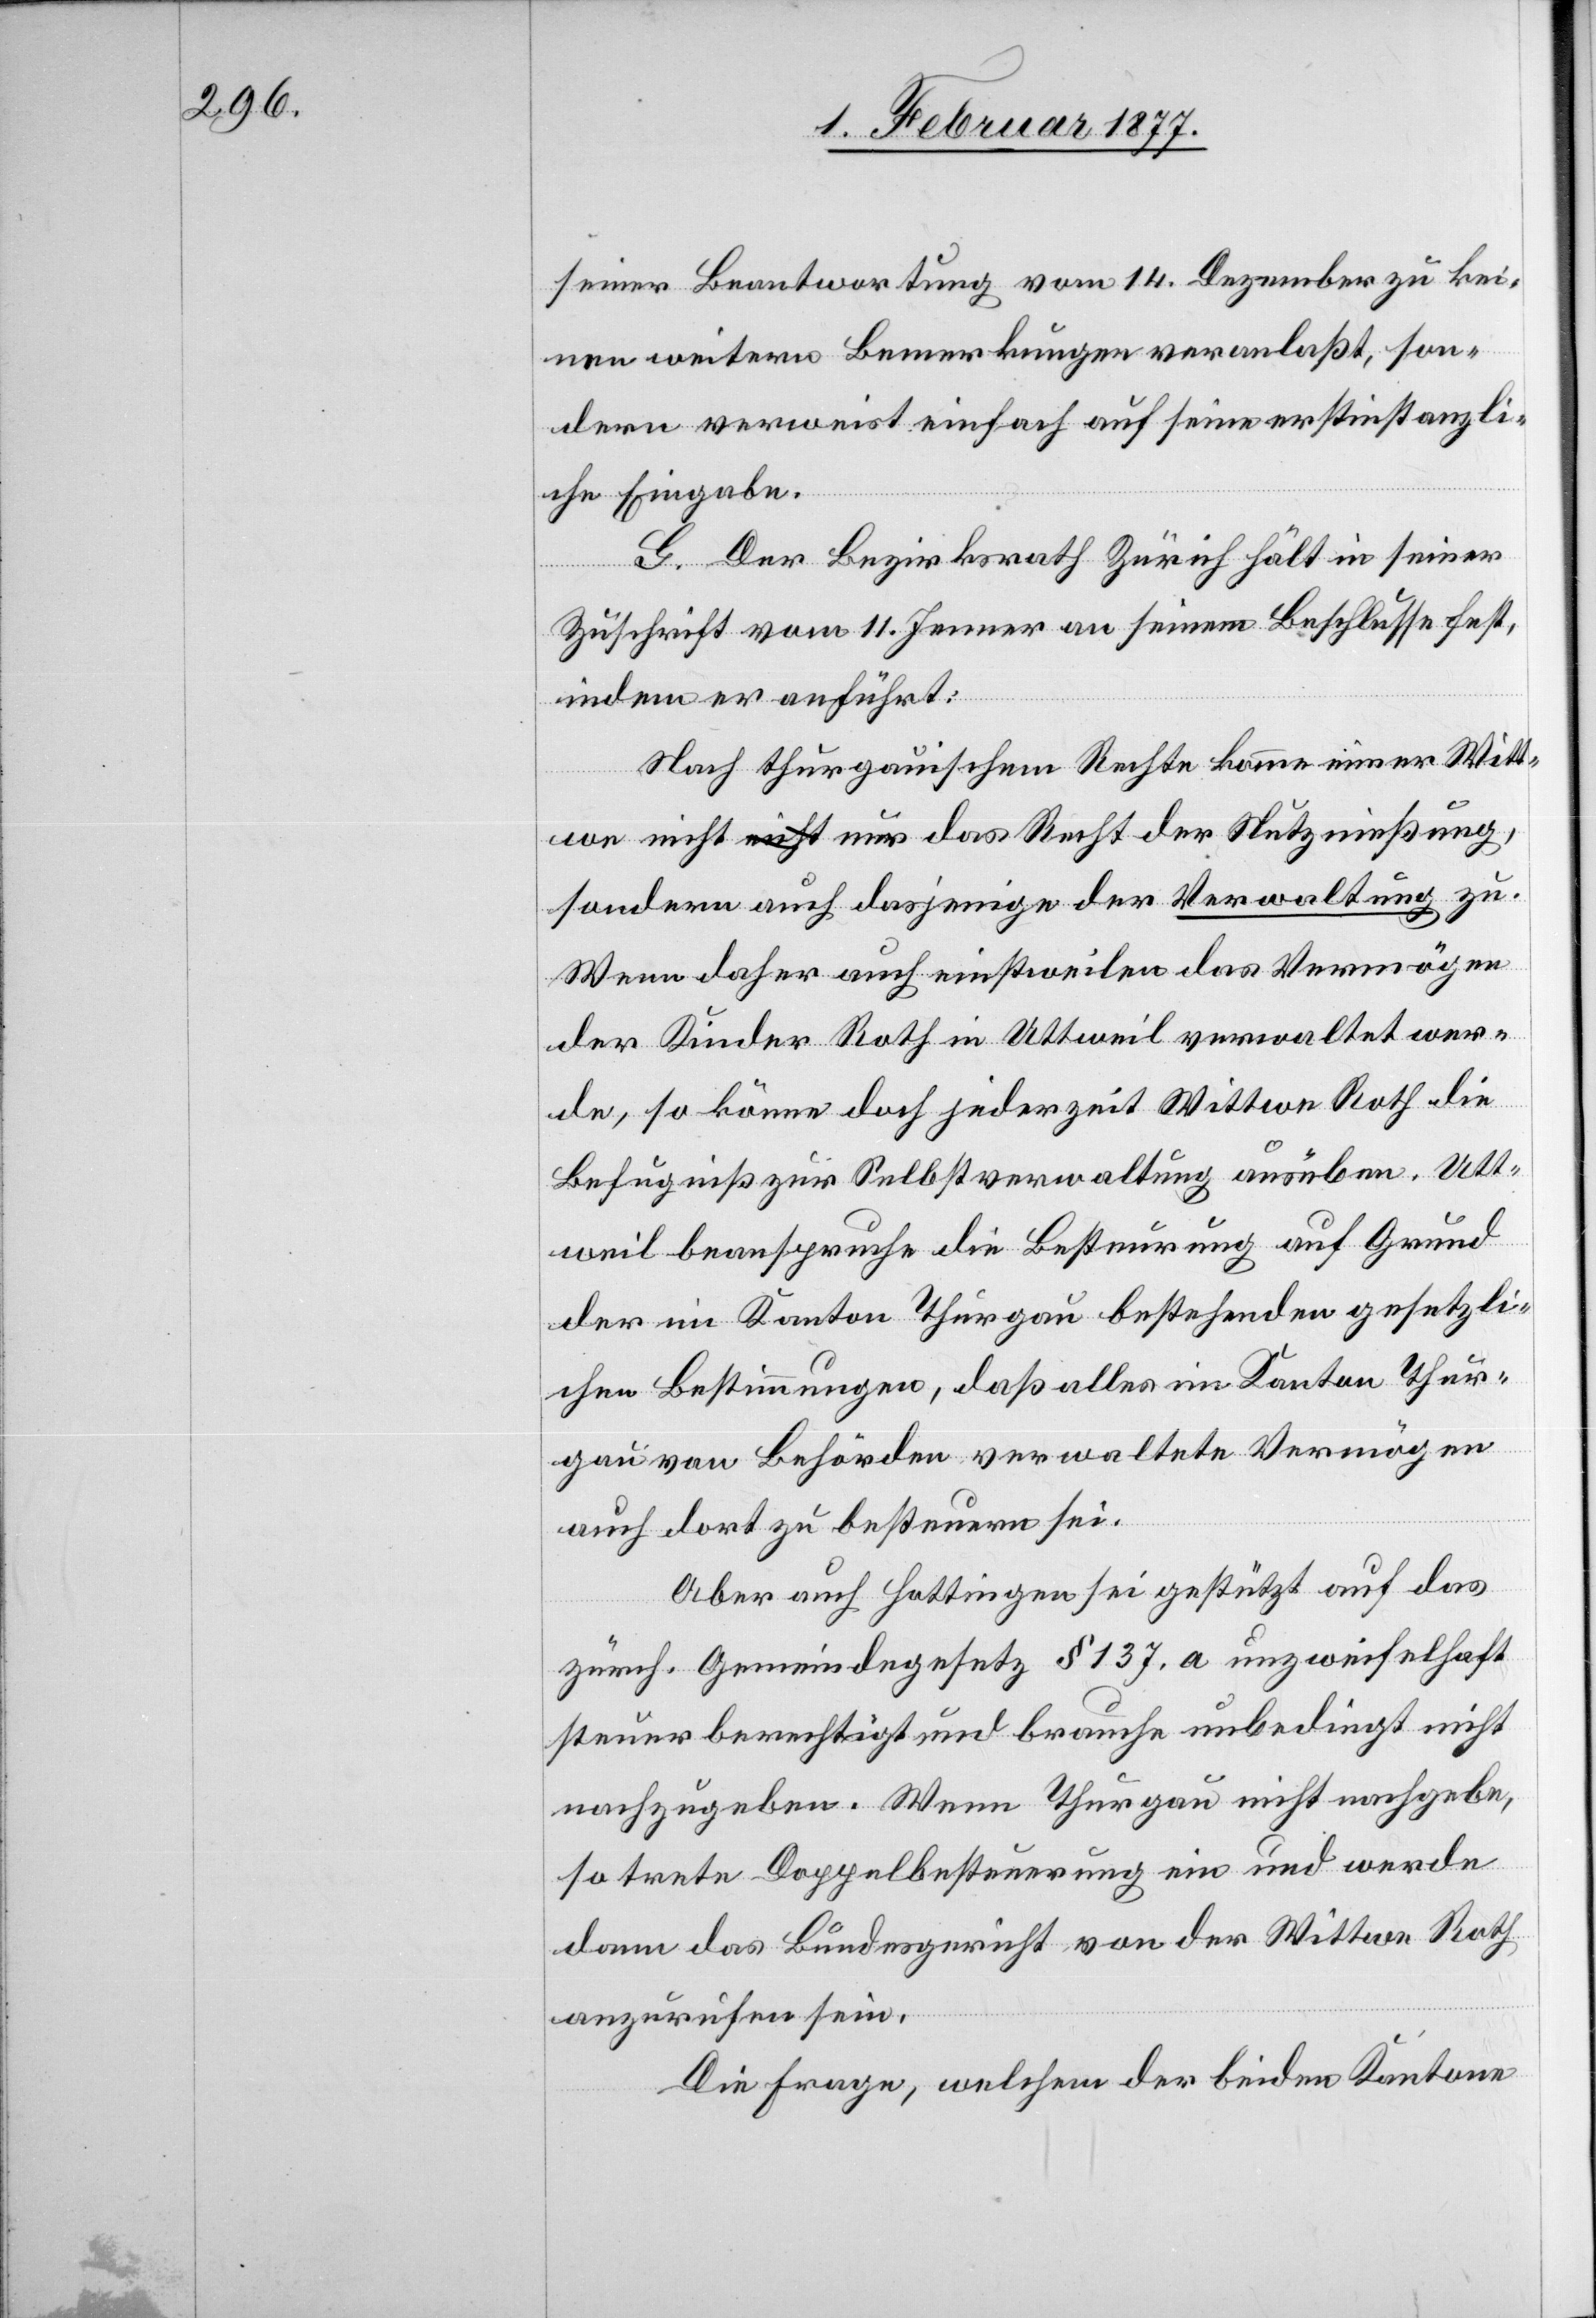
seiner Beantwortung vom 14. Dezember zu kei¬
nen weitern Bemerkungen veranlaßt, son¬
dern verweist einfach auf seine erstinstanzli¬
che Eingabe.
G. Der Bezirksrath Zürich hält in seiner
Zuschrift vom 11. Jenner an seinem Beschlusse fest,
indem er anführt:
Nach thurgauischem Rechte komme einer Witt¬
we nicht a-nicht-a nur das Recht der Nutznießung,
sondern auch dasjenige der Verwaltung zu.
Wenn daher auch einstweilen das Vermögen
der Kinder Roth in Uttweil verwaltet wer¬
de, so könne doch jederzeit Wittwe Roth die
Befugniß zur Selbstverwaltung ausüben. Utt¬
weil beanspruche die Besteurung auf Grund
der im Kanton Thurgau bestehenden gesetzli¬
chen Bestimmungen, daß alles im Kanton Thur¬
gau von Behörden verwaltete Vermögen
auch dort zu besteuern sei.
Aber auch Hottingen sei gestützt auf das
zürch. Gemeindegesetz § 137. a unzweifelhaft
steuerberechtigt und brauche unbedingt nicht
nachzugeben. Wenn Thurgau nicht nachgebe,
so trete Doppelbesteuerung ein und werde
dann das Bundesgericht von der Wittwe Roth
anzurufen sein.
Die Frage, welchem der beiden Kantone